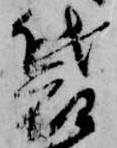
袋